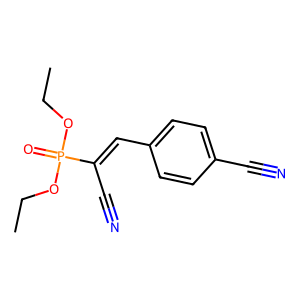
SMILES: CCOP(=O)(OCC)C(C#N)=Cc1ccc(C#N)cc1
Inhibits HIV replication: No